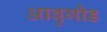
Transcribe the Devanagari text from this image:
आबुगौड